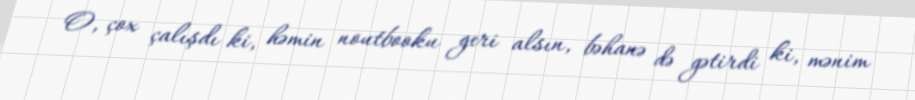
O, çox çalışdı ki, həmin noutbooku geri alsın, bəhanə də gətirdi ki, mənim